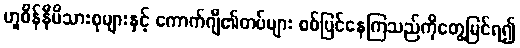
ဟူစိန်နီမိသားစုများနှင့် ကောက်ဂျီ၏တပ်များ စစ်ပြင်နေကြသည်ကိုတွေ့မြင်ရ၍